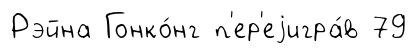
Рэйна Гонко́нг п'ер'еjигра́в 79